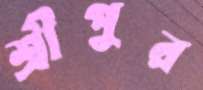
শ্রীপুর